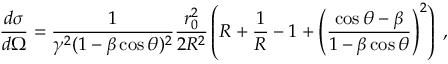
\frac { d \sigma } { d \Omega } = \frac { 1 } { \gamma ^ { 2 } ( 1 - \beta \cos \theta ) ^ { 2 } } \frac { r _ { 0 } ^ { 2 } } { 2 R ^ { 2 } } \left( R + \frac { 1 } { R } - 1 + \left( \frac { \cos \theta - \beta } { 1 - \beta \cos \theta } \right) ^ { 2 } \right) \; ,